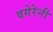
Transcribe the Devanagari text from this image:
वगेरेनी